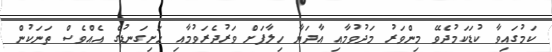
ކަމުގައިވާ ކުޑަކަމުދެވޭ މިންވަރު މަދުވުމާއި އާދަޔާ ހިލާފަށް ވަރުދެރަވުމާއި ހަށިގަނޑުގެ އެއްވެސް ތަނަކުން